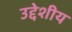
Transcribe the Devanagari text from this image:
उद्देशीय